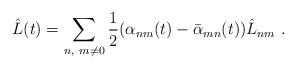
LaTeX: \begin{align*}\hat L(t)=\sum_{n,\ m\neq 0} {1 \over 2}(\alpha_{nm}(t)-\bar\alpha_{mn}(t))\hat L_{nm}\ .\end{align*}